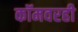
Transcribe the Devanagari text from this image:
कॉमवरही